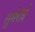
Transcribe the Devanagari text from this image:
सुमेराई